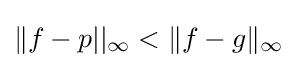
\|f-p||_{\infty }<\|f-g\|_{\infty }